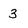
Character: 3